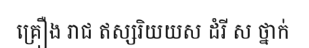
គ្រឿង រាជ ឥស្សរិយយស ដំរី ស ថ្នាក់